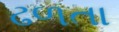
ઢળતા